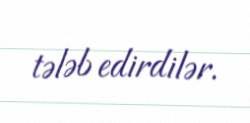
tələb edirdilər.